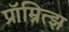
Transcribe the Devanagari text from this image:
प्रॉम्नित्झ